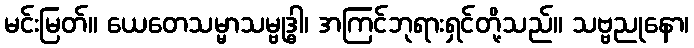
မင်းမြတ်။ ယေတေသမ္မာသမ္ဗုဒ္ဓါ၊ အကြင်ဘုရားရှင်တို့သည်။ သဗ္ဗညုနော၊